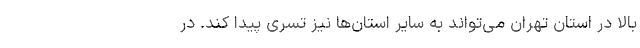
بالا در استان تهران می‌تواند به سایر استان‌ها نیز تسری پیدا کند. در